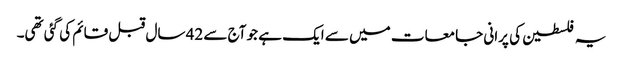
یہ فلسطین کی پرانی جامعات میں سے ایک ہے جو آج سے 42 سال قبل قائم کی گئی تھی۔